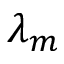
\lambda _ { m }